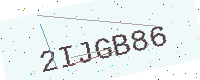
Text: 2IJGB86